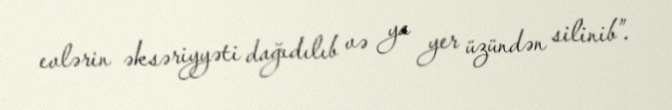
evlərin əksəriyyəti dağıdılıb və ya yer üzündən silinib”.